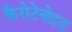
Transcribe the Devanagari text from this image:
कैरोटेनोइड